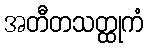
အတီတသတ္ထုကံ